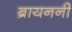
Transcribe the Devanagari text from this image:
ब्रायननीं